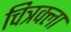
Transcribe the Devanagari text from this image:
चित्रक्ला